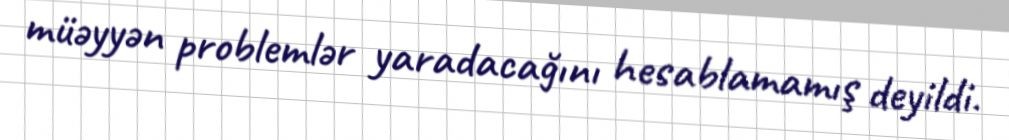
müəyyən problemlər yaradacağını hesablamamış deyildi.